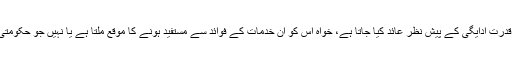
یہ ٹیکس اس شخص کی قدرتِ ادایگی کے پیش نظر عائد کیا جاتا ہے، خواہ اس کو ان خدمات کے فوائد سے مستفید ہونے کا موقع ملتا ہے یا نہیں جو حکومتی ادارے فراہم کرتے ہیں۔